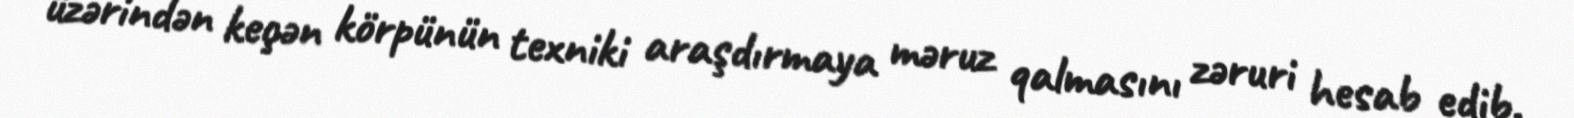
üzərindən keçən körpünün texniki araşdırmaya məruz qalmasını zəruri hesab edib.